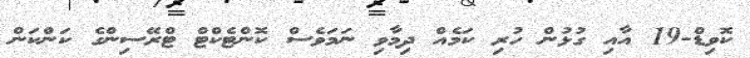
ކޮވިޑް-19 އާއި ގުޅުން ހުރި ކަމެއް ދިމާވި ނަމަވެސް ކޮންޓެކްޓް ޓްރޭސިންގެ ކަންކަން